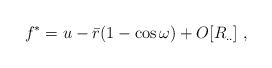
\begin{align*}f^{*} = u - {\bar r}(1 - \cos \omega) + O[R_{..}]\;,\end{align*}